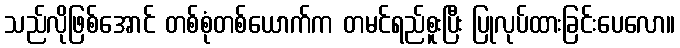
သည်လိုဖြစ်အောင် တစ်စုံတစ်ယောက်က တမင်ရည်စူးပြီး ပြုလုပ်ထားခြင်းပေလော။